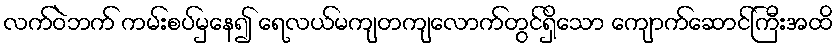
လက်ဝဲဘက် ကမ်းစပ်မှနေ၍ ရေလယ်မကျတကျလောက်တွင်ရှိသော ကျောက်ဆောင်ကြီးအထိ